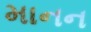
માનન